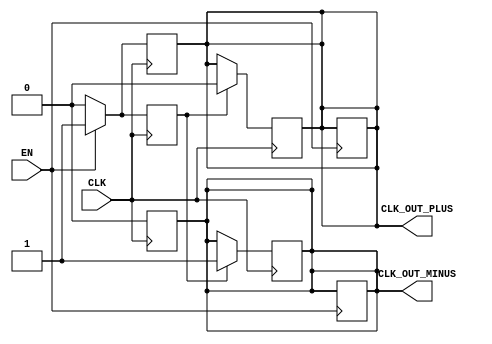
module differential_clock_buffer (
    input wire CLK,                // Single-ended clock input
    input wire EN,                 // Enable signal for the buffer
    output reg CLK_OUT_PLUS,       // Differential output clock +
    output reg CLK_OUT_MINUS       // Differential output clock -
);

    // Parameters for clock generation
    parameter CLOCK_PERIOD = 20;   // Clock period in time units (adjust as needed)
    parameter HALF_PERIOD = CLOCK_PERIOD / 2;
    
    // Internal signal to control the clock generation
    reg clk_enabled;

    // Always block to handle clock generation
    always @(posedge CLK) begin
        if (EN) begin
            clk_enabled <= 1'b1;
            // Generate differential outputs on the rising edge of the input clock
            CLK_OUT_PLUS <= 1'b1;        // Set CLK_OUT+
            CLK_OUT_MINUS <= 1'b0;       // Set CLK_OUT-
        end else begin
            clk_enabled <= 1'b0;
            // When disabled, outputs should be low
            CLK_OUT_PLUS <= 1'b0;        // Set CLK_OUT+ to low
            CLK_OUT_MINUS <= 1'b0;       // Set CLK_OUT- to low
        end
    end

    // Always block for falling edge to create complementary outputs
    always @(negedge CLK) begin
        if (clk_enabled) begin
            // Generate the complementary outputs on the falling edge of the input clock
            CLK_OUT_PLUS <= 1'b0;        // Set CLK_OUT+ to low
            CLK_OUT_MINUS <= 1'b1;       // Set CLK_OUT- to high
        end
    end

    // Optional: Implement a power-down feature
    always @(posedge EN) begin
        if (!EN) begin
            CLK_OUT_PLUS <= 1'b0;        // Disable output when not enabled
            CLK_OUT_MINUS <= 1'b0;       // Disable output when not enabled
        end
    end

endmodule